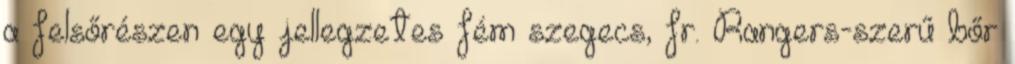
a felsőrészen egy jellegzetes fém szegecs, fr. Rangers-szerű bőr